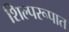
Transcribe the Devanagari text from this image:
शिल्परूपात